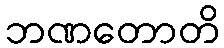
ဘဏတောတိ